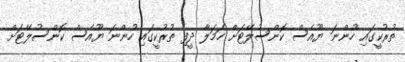
ތުރުކީގައި ހުންނަ ޔޫއެސް ކޮންސުލޭޓަށް ހަމަލާ ދީފި ތުރުކީގައި ހުންނަ ޔޫއެސް ކޮންސުލޭޓަށް